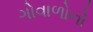
ગોવાળોનો